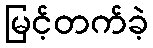
မြင့်တက်ခဲ့